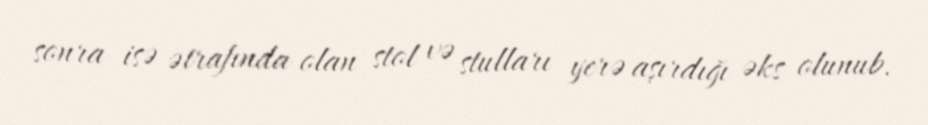
sonra isə ətrafında olan stol və stulları yerə aşırdığı əks olunub.